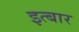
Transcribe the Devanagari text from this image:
इत्बार